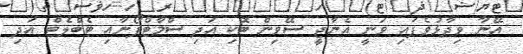
އޭނާ ވިދާޅުވެފައި ވަނީ އެނާޖީ ސޭވިން ބޮކި އަދި ސްމާޓްފޯނާއި ޓެބްލެޓް އަދި